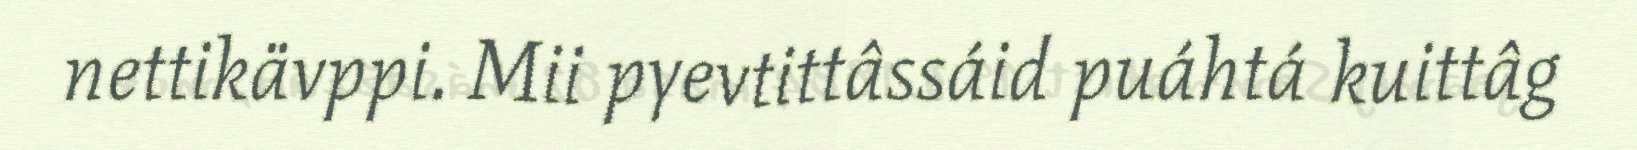
nettikävppi. Mii pyevtittâssáid puáhtá kuittâg